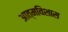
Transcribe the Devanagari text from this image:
आत्मविशास